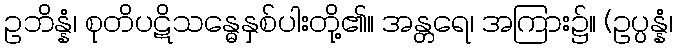
ဥဘိန္နံ၊ စုတိပဋိသန္ဓေနှစ်ပါးတို့၏။ အန္တရေ၊ အကြား၌။ (ဥပ္ပန္နံ၊